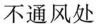
不通风处